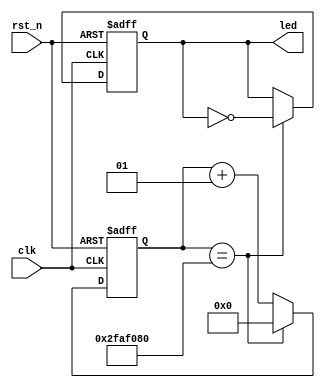

//`define SIMULATION

`timescale 1ns/10ps
module led_test 
`ifdef SIMULATION
  #(parameter NUM_COUNT = 5)
`else
   #(parameter NUM_COUNT = 50000000)
`endif
   (
    input  clk, rst_n,
    output led
    );

   integer count_r, count_n;
   reg 	   led_r, led_n;

   assign led = led_r;
   // conter register
   always@(posedge clk or negedge rst_n)
     if(!rst_n)
       count_r <= 0;
     else
       count_r <= count_n;

   // counter combinational logic
   always@* 
     if(count_r == NUM_COUNT)
       count_n = 0;
     else
       count_n = count_r+1;

   // led register
   always@(posedge clk or negedge rst_n)
     if(!rst_n)
       led_r <= 0;
     else
       led_r <= led_n;

   // led combinational logic
   always@*
     if(count_r == NUM_COUNT)
       led_n = ~led_r;
     else
       led_n = led_r;



endmodule // led